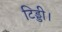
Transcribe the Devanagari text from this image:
टिड्डी।